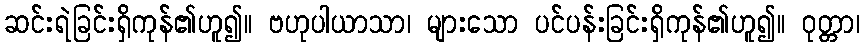
ဆင်းရဲခြင်းရှိကုန်၏ဟူ၍။ ဗဟုပါယာသာ၊ များသော ပင်ပန်းခြင်းရှိကုန်၏ဟူ၍။ ဝုတ္တာ၊